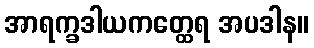
အာရက္ခဒါယကတ္ထေရ အပဒါန။